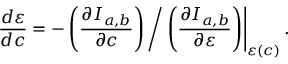
\left. \frac { d \varepsilon } { d c } = - \left( { \frac { \partial I _ { a , b } } { \partial c } } \right) \bigg / \left( { \frac { \partial I _ { a , b } } { \partial \varepsilon } } \right) \right| _ { \varepsilon ( c ) } .